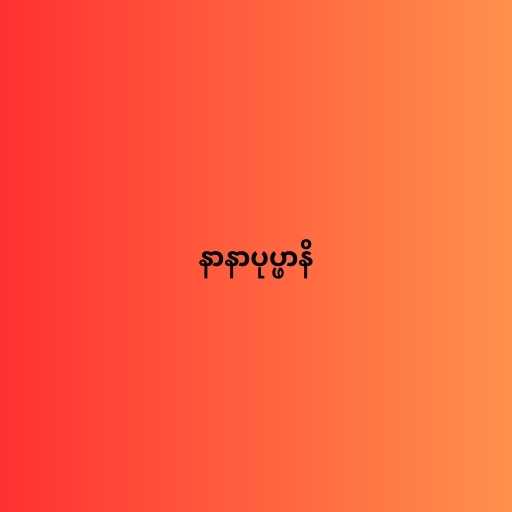
နာနာပုပ္ဖာနိ